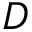
D